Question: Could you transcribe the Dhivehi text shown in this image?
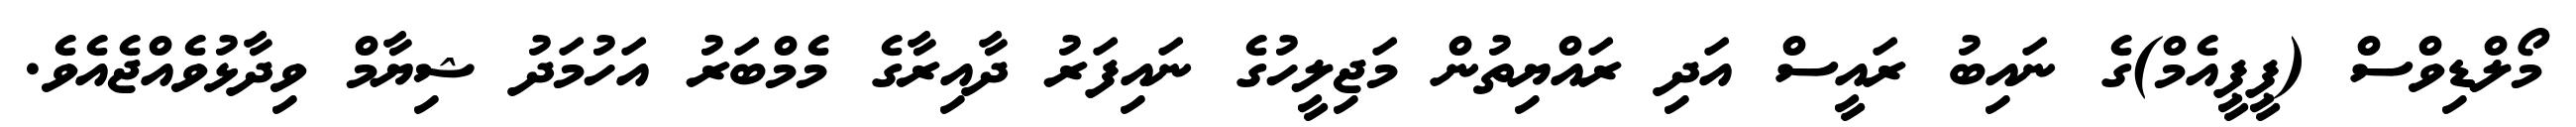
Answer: މޯލްޑިވްސް (ޕީޕީއެމް)ގެ ނައިބު ރައީސް އަދި ރައްޔިތުން މަޖިލީހުގެ ނައިފަރު ދާއިރާގެ މެމްބަރު އަހުމަދު ޝިޔާމް ވިދާޅުވެއްޖެއެވެ.